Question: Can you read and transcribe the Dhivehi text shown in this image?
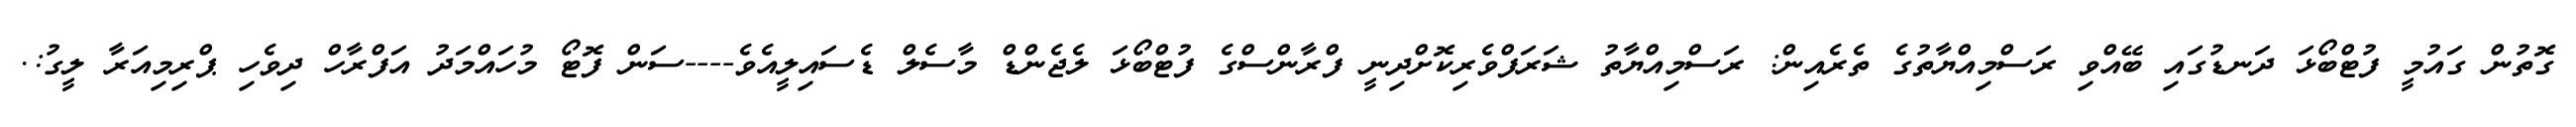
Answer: ގޮތުން ގައުމީ ފުޓްބޯޅަ ދަނޑުގައި ބޭއްވި ރަސްމިއްޔާތުގެ ތެރެއިން: ރަސްމިއްޔާތު ޝަރަފްވެރިކޮށްދިނީ ފްރާންސްގެ ފުޓްބޯޅަ ލެޖެންޑް މާސެލް ޑެސައިލީއެވެ----ސަން ފޮޓޯ މުހައްމަދު އަފްރާހް ދިވެހި ޕްރިމިއަރާ ލީގު:.